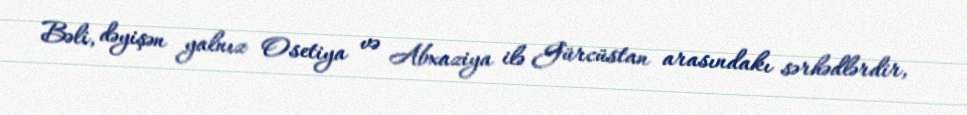
Bəli, dəyişən yalnız Osetiya və Abxaziya ilə Gürcüstan arasındakı sərhədlərdir,